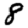
Digit: 8